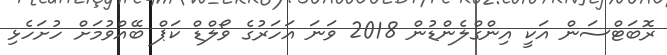
ރޮބަޓްސަން އަކީ އިންގްލެންޑުން 2018 ވަނަ އަހަރުގެ ވޯލްޑް ކަޕް ބޭއްވުމަށް ހުށަހެޅި